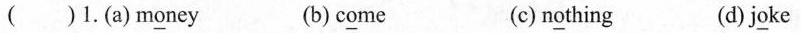
（）1.(a)m\underline{o}ney (b)c\underline{o}me (c)n\underline{o}thing (d)j\underline{o}ke